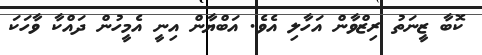
ކޮބާ ޒީނަތު ރިޒްވާން އަހާލި އެވެ. އަބްޔާން އިނީ އެމީހުން ދައްކާ ވާހަކަ